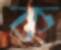
ক